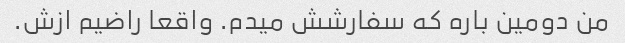
من دومین باره که سفارشش میدم. واقعا راضیم ازش.